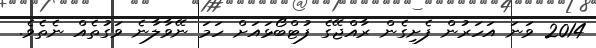
2014 ވަނަ އަހަރުން ފެށިގެން ރާއްޖޭގެ ފުޓްބޯޅައަށް ހަމަ ނޭވާލާނެ ވަގުތެއް ނެތެވެ.